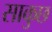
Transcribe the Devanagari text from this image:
साकुछ